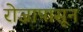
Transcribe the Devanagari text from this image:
रोजापासून